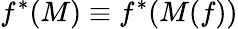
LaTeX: f^{*}(M)\equiv f^{*}(M(f))